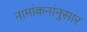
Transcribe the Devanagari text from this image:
नामांकनांनुसार